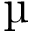
\mathrm { \textmu }